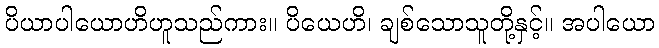
ပိယာပါယောဟိဟူသည်ကား။ ပိယေဟိ၊ ချစ်သောသူတို့နှင့်။ အပါယော